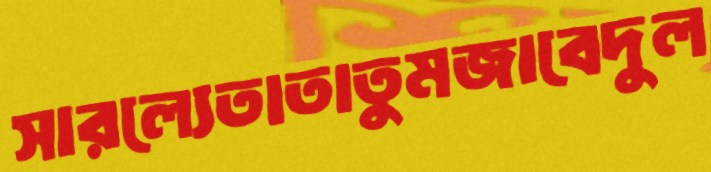
সারল্যেতাতাতুমজাবেদুল